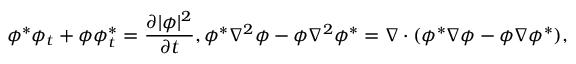
\phi ^ { * } \phi _ { t } + \phi \phi _ { t } ^ { * } = \frac { \partial | \phi | ^ { 2 } } { \partial t } , \phi ^ { * } \nabla ^ { 2 } \phi - \phi \nabla ^ { 2 } \phi ^ { * } = \nabla \cdot ( \phi ^ { * } \nabla \phi - \phi \nabla \phi ^ { * } ) ,